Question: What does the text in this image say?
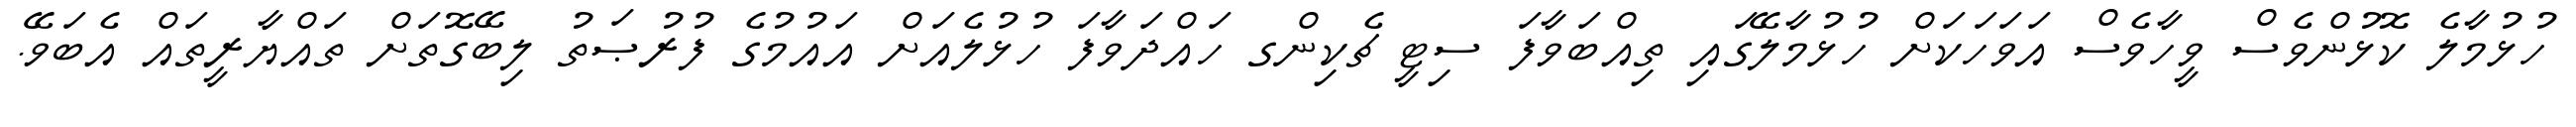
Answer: ހުޅުމާލެ ކޮޅުންވެސް ވީހާވެސް އަވަހަކަށް ހުޅުމާލޭގައި ތިއްބަވާފަ ސިޓީ ޗެކިންގ ހައްދަވާފަ ހުޅުލެއަށް އައުމުގެ ފުރުޞަތު ލިބޭގޮތަށް ތައްޔާރީތައް އެބަވޭ.